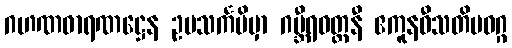
ဂဟဏဓာရဏဋ္ဌေန ဥပသင်္ကမိမှာ ဂမ္ဘီရဝတ္တနီ ဧကူနဝီသတိမဝဂ္ဂ